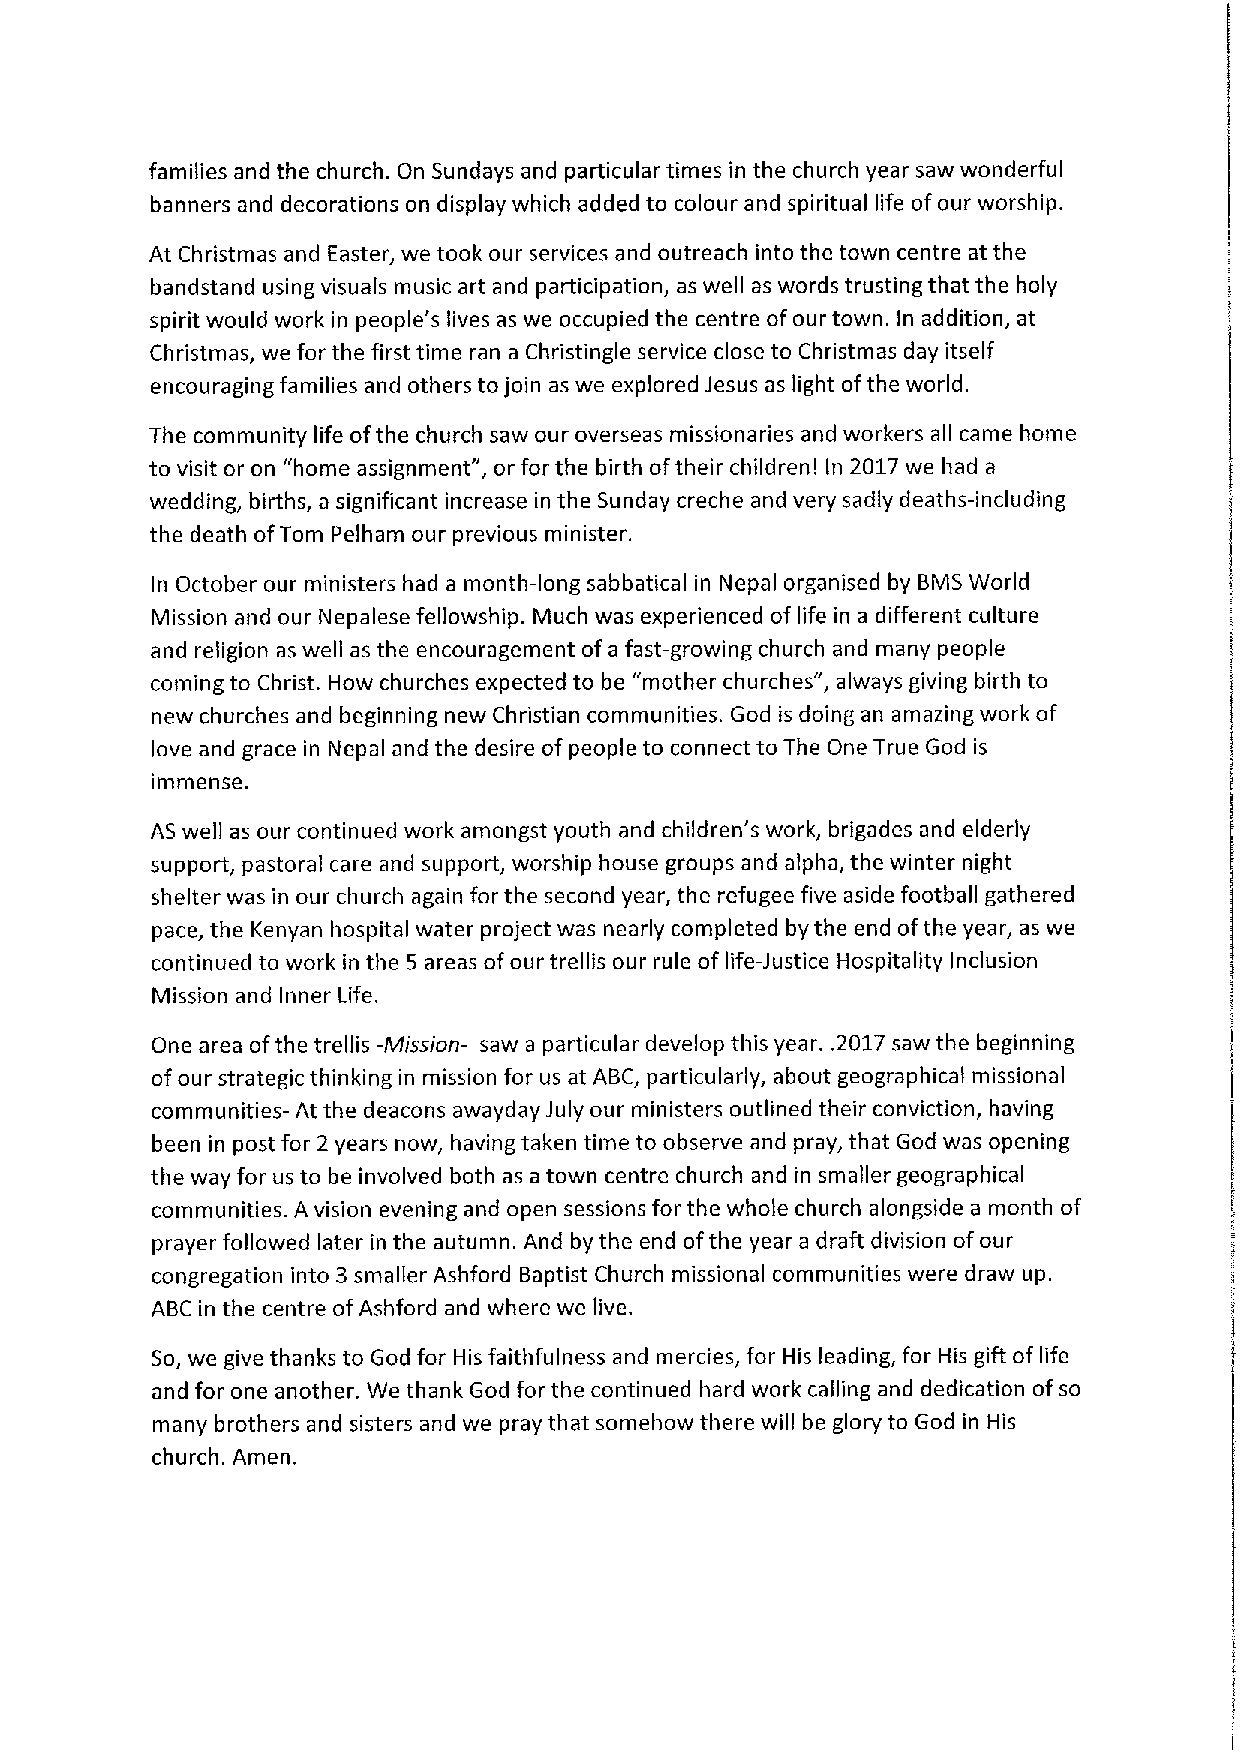
families and the church. On Sundays and particular times in the church year saw wonderful
 banners and decorations on display which added to colour and spiritual life ofour worship.
 At Christmas and Easter, we took our services and outreach into the town centre at the
 bandstand using visuals music art and participation, as well as words trusting that the holy
 spirit would work in people's lives as we occupied the centre ofour town. In addition, at
 Christmas, we for the first time ran a Christingle service close to Christmas day itself
 encouraging families and others to join as we explored Jesus as light ofthe world.
 The community life ofthe church saw our overseas missionaries and workers all came home
 to visit or on "home assignment", or for the birth oftheir children! In 2017we had a
 wedding, births, a significant increase in the Sunday creche and very sadly deaths-including
 the death ofTom Pelham our previous minister.
 In October our ministers had a month-long sabbatical in Nepal organised by BMSWorld
 Mission and our Nepalese fellowship. Much was experienced of life in a different culture
 and religion as well as the encouragement of a fast-growing church and many people
 coming to Christ. How churches expected to be "mother churches", always giving birth to
 new churches and beginning new Christian communities. God is doing an amazing work of
 love and grace in Nepal and the desire ofpeople to connect to The One True God is
 immense.
 AS well as our continued work amongst youth and children's work, brigades and elderly
 support, pastoral care and support, worship house groups and alpha, the winter night
 shelter was in our church again for the second year, the refugee five aside football gathered
 pace, the Kenyan hospital water project was nearly completed by the end ofthe year, as we
 continued to work in the 5 areas ofour trellis our rule of life-Justice Hospitality Inclusion
 Mission and Inner Life.
 One area ofthe trellis -Mission- saw a particular develop this year. .2017saw the beginning
 ofour strategic thinking in mission for us at ABC, particularly, about geographical missional
 communities- At the deacons awayday July our ministers outlined their conviction, having
 been in post for 2 years now, having taken time to observe and pray, that God was opening
 the way for us to be involved both as a town centre church and in smaller geographical
 communities. A vision evening and open sessions for the whole church alongside a month of
 prayer followed later in the autumn. And by the end ofthe year a draft division ofour
 congregation into 3smaller Ashford Baptist Church missional communities were draw up.
 ABC in the centre ofAshford and where we live.
 So, we give thanks to God for His faithfulness and mercies, for His leading, for His gift of life
 and for one another. We thank God for the continued hard work calling and dedication ofso
 many brothers and sisters and we pray that somehow there will be glory to God in His
 church. Amen.